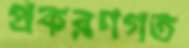
প্রকরণগত